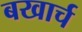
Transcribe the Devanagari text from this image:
बखार्च